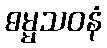
ဓမ္မသဝနံ